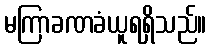
မကြာခဏခံယူရရှိသည်။